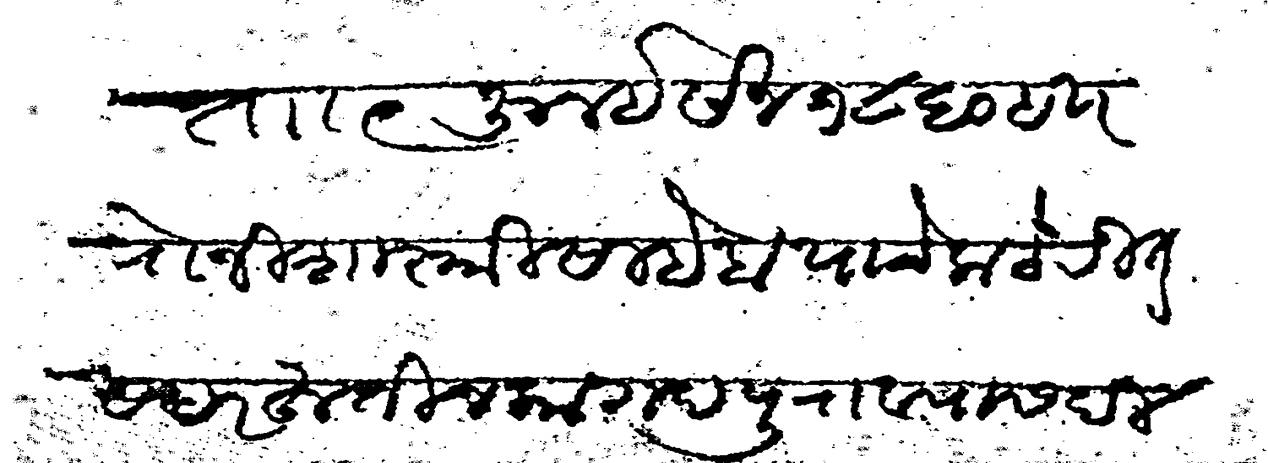
Transliteration (Devanagari): ता ९ जुलई सन १८६० इ रोजी शास्त्रीसाहेब याचे कचेरीत सदरहू तीन कागद पुराव्यास दिल्हे